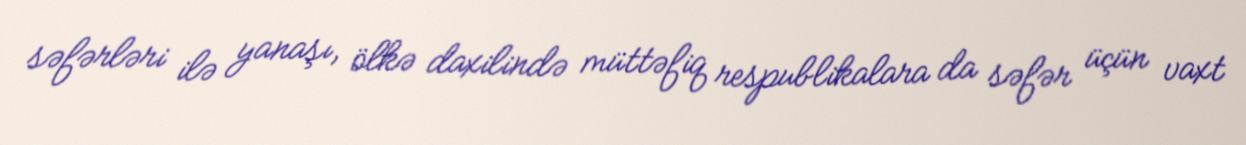
səfərləri ilə yanaşı, ölkə daxilində müttəfiq respublikalara da səfər üçün vaxt